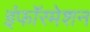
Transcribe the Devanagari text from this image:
इंफॉरमेशन